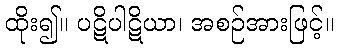
ထိုး၍။ ပဋိပါဋိယာ၊ အစဉ်အားဖြင့်။